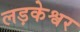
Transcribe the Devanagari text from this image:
लड़केश्वर